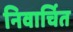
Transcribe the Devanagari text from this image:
निवार्चित